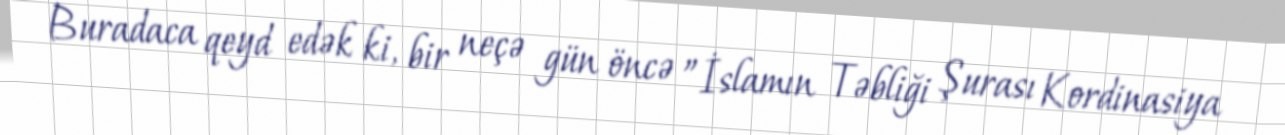
Buradaca qeyd edək ki, bir neçə gün öncə ”İslamın Təbliği Şurası Kordinasiya